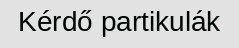
Kérdő partikulák